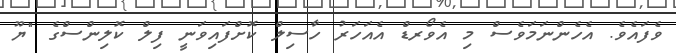
ވެފައެވެ. އެހެންނަމަވެސް މި އެވޯރޑް އެއަހަރު ހާސިލް ކޮށްފައިވަނީ ފިލް ކޮލިންސްގެ "ޔޫ